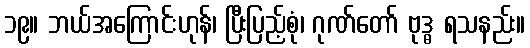
၁၉။ ဘယ်အကြောင်းဟုန်၊ ပြီးပြည့်စုံ၊ ဂုဏ်တော် ဗုဒ္ဓ ရသနည်း။